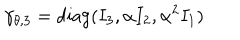
\gamma _ { \theta , 3 } = \mathrm { d i a g } ( I _ { 3 } , \alpha I _ { 2 } , \alpha ^ { 2 } I _ { 1 } )